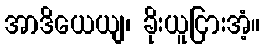
အာဒိယေယျ၊ ခိုးယူငြားအံ့။